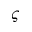
\varsigma